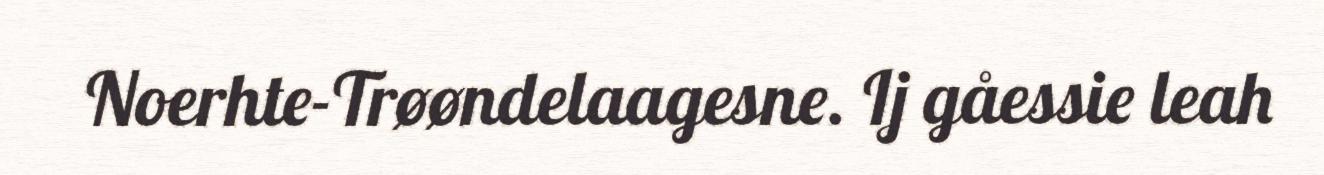
Noerhte-Trøøndelaagesne. Ij gåessie leah